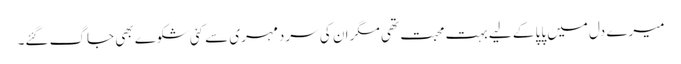
میرے دل میں پاپا کے لیے بہت محبت تھی مگر ان کی سردمہری سے کئی شکوے بھی جاگ گئے۔